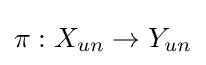
\pi :X_{un}\to Y_{un}